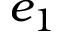
e _ { 1 }